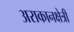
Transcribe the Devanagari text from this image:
अराकानक्षेत्री